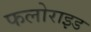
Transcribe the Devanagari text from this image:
फलोराइड